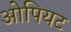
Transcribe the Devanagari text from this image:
ओपियट